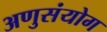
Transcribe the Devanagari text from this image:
अणुसंयोग